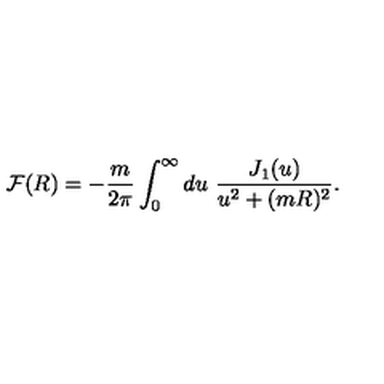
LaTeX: { \cal F } ( R ) = - \frac { m } { 2 \pi } \int _ { 0 } ^ { \infty } d u \ \frac { J _ { 1 } ( u ) } { u ^ { 2 } + ( m R ) ^ { 2 } } .